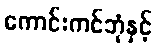
ကောင်းကင်ဘုံနှင့်